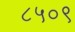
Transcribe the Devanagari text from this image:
८५०९